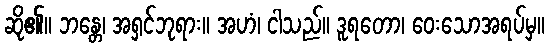
ဆို၏။ ဘန္တေ၊ အရှင်ဘုရား။ အဟံ၊ ငါသည်။ ဒူရတော၊ ဝေးသောအရပ်မှ။